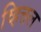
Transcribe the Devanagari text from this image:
व्हित्तल